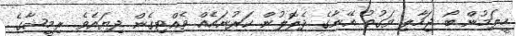
ހީލަމުން ބޯ ޖަހާލި ވަގުތު އޭނާގެ ދެލޮލުން ކަރުނައެއް ވެއްޓިގެން ދިޔައެވެ. ރިމީޝާގެ